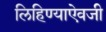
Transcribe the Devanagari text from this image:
लिहिण्याऐवजी